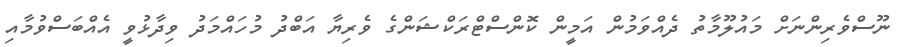
ނޫސްވެރިންނަށް މައުލޫމާތު ދެއްވަމުން އަމީން ކޮންސްޓްރަކްޝަންގެ ވެރިޔާ އަބްދު މުހައްމަދު ވިދާޅުވީ އެއްބަސްވުމާއި